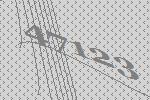
47123